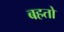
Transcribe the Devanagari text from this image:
बहतो